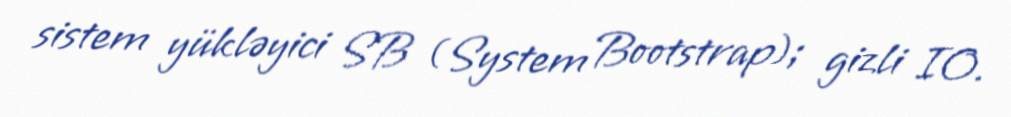
sistem yükləyici SB (System Bootstrap); gizli IO.